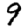
Digit: 9